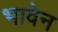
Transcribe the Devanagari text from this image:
भावेन